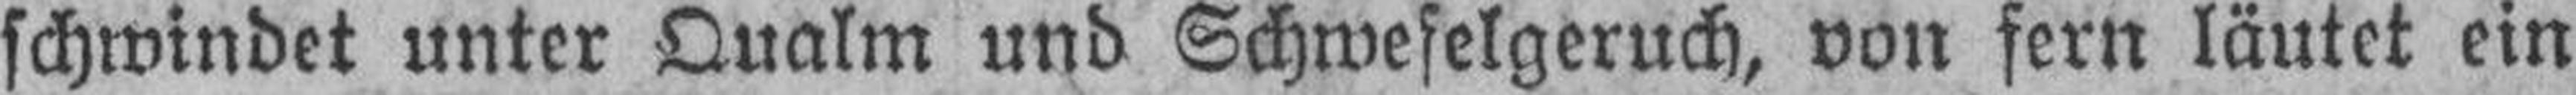
schwindet unter Qualm und Schwefelgeruch, von fern läutet ein